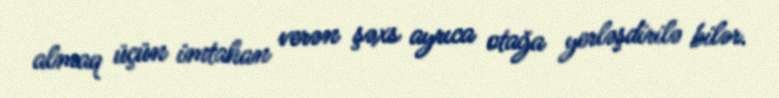
almaq üçün imtahan verən şəxs ayrıca otağa yerləşdirilə bilər.